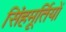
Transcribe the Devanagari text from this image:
सिंहमूर्तियों